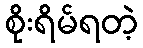
စိုးရိမ်ရတဲ့